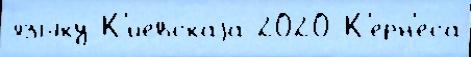
языку́ К'и́евскаjа 2020 К'ерн'еса